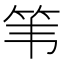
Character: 𫁳